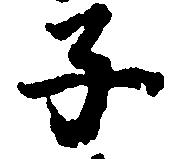
子